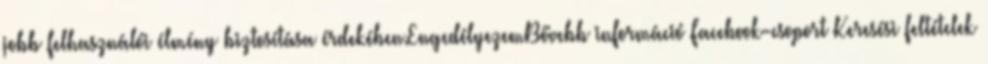
jobb felhasználói élmény biztosítása érdekében.EngedélyezemBővebb információ Facebook-csoport Keresési feltételek